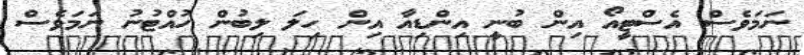
ނަމަވެސް އެސްޓީއޯ އިން ބުނީ އިންޑިއާ އިން ހިލަ ލިބުން ހުއްޓުނު ނަމަވެސް